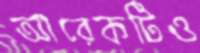
আরেকটিও